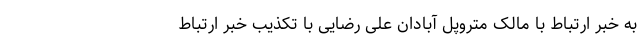
به خبر ارتباط با مالک متروپل آبادان علی رضایی با تکذیب خبر ارتباط